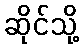
ဆိုင်သို့